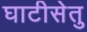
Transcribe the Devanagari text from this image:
घाटीसेतु